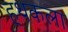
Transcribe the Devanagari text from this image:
हथकला